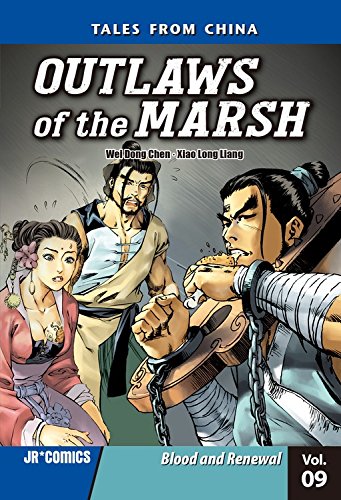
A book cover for Outlaws of the Marsh Volume 9: Blood and Renewal; Wei Dong Chen; Teen & Young Adult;